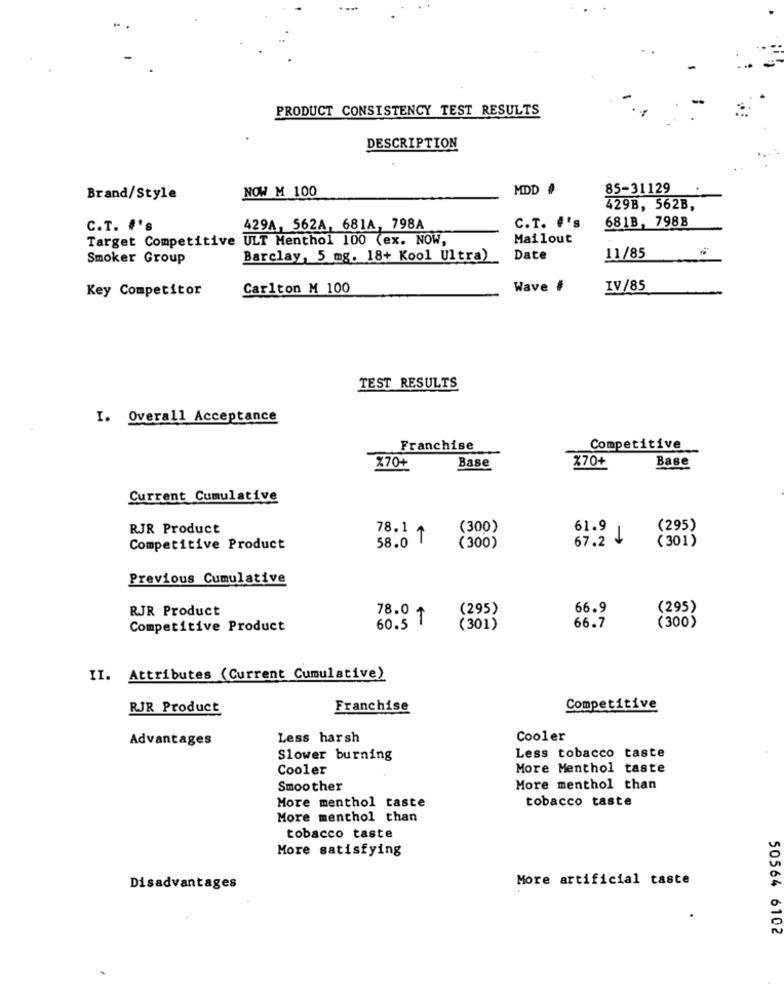
PRODUCT CONSISTENCY TEST RESULTS
DESCRIPTION
MDD #
85-31129
Brand/Style
NOW M 100
429B, 562B,
C.T. #'s
429A, 562A, 681A, 798A
C.T. #'s
681B, 7988
Target Competitive ULT Menthol 100 (ex. NOW,
Mailout
Smoker Group
Barclay, 5 mg. 18+ Kool Ultra)
Date
11/85
Key Competitor
Carlton M 100
Wave #
IV/85
TEST RESULTS
I. Overall Acceptance
Franchise
Competitive
X70+
Base
%70+
Base
Current Cumulative
RJR Product
(300)
(295)
78.1 +
58.0 T
67.2 J
61.9 |
(301)
Competitive Product
(300)
Previous Cumulative
RJR Product
(295)
66.9
(295)
78.0 1
Competitive Product
60.5
(301)
66.7
(300)
II. Attributes (Current Cumulative)
RJR Product
Franchise
Competitive
Advantages
Less harsh
Cooler
Slower burning
Less tobacco taste
Cooler
More Menthol taste
Smoother
More menthol than
tobacco taste
More menthol taste
More menthol than
tobacco taste
More satisfying
More artificial taste
Disadvantages
50564 6102